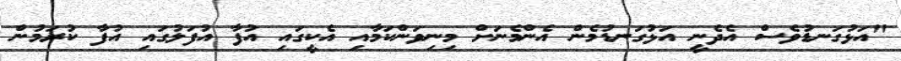
"އަޅުގަނޑުވެސް އެދެނީ އަޅުގަނޑުމެން އެންމެނަށް މިިނިވަންކަމާއި އެކީގައި އުފާ އުފަލުގައި އުފާ ކުރަމުން